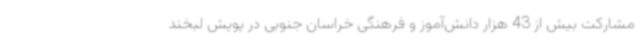
مشارکت بیش از 43 هزار دانش‌آموز و فرهنگی خراسان جنوبی در پویش لبخند